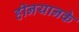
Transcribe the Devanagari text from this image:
हीनयानके